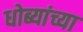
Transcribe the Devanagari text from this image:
धोब्यांच्या